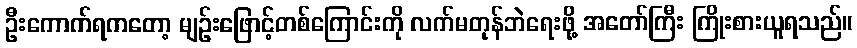
ဦးကောက်ရကတော့ မျဉ်းဖြောင့်တစ်ကြောင်းကို လက်မတုန်ဘဲရေးဖို့ အတော်ကြီး ကြိုးစားယူရသည်။